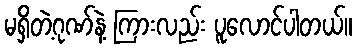
မရှိတဲ့ဂုဏ်နဲ့ ကြားလည်း ပူလောင်ပါတယ်။